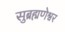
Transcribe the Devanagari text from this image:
सुब्रह्मणेश्वर